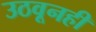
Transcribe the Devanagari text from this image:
उठवूनही